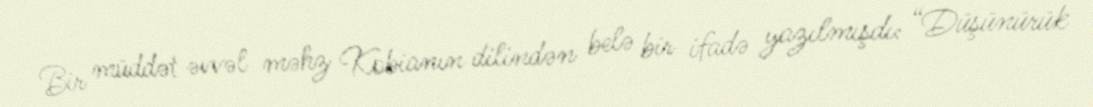
Bir müddət əvvəl məhz Kobianın dilindən belə bir ifadə yazılmışdı: “Düşünürük